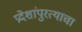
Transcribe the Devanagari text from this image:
प्रदेशांपुरत्याचा